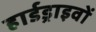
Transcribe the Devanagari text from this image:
हार्डड्राइवों